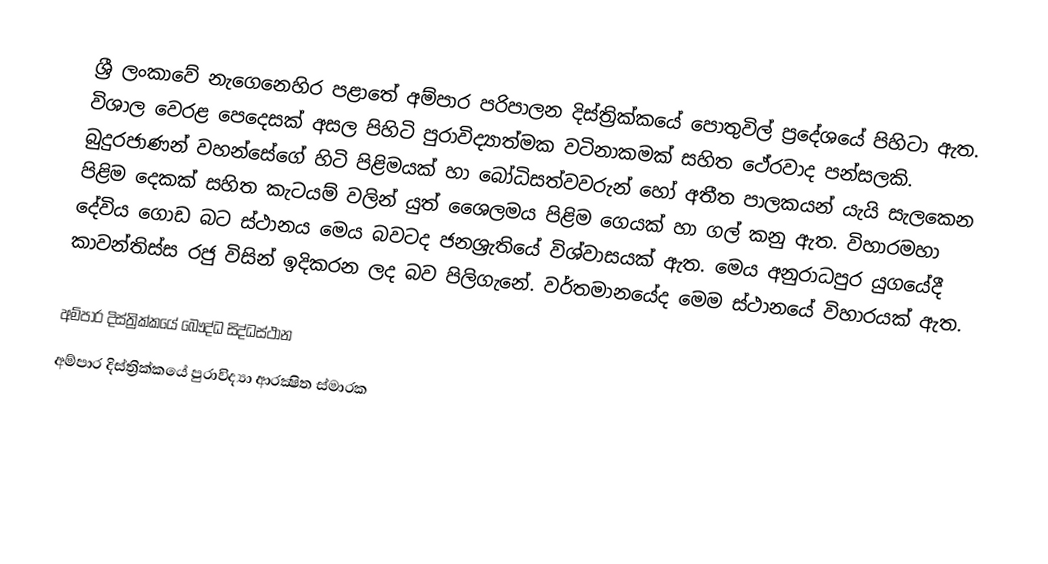
ශ්‍රී ලංකාවේ නැගෙනෙහිර පළාතේ අම්පාර පරිපාලන දිස්ත්‍රික්කයේ පොතුවිල් ප්‍රදේශයේ පිහිටා ඇත. විශාල වෙරළ පෙදෙසක් අසල පිහිටි පුරාවිද්‍යාත්මක වටිනාකමක් සහිත ථේරවාද පන්සලකි. බුදුරජාණන් වහන්සේගේ හිටි පිළිමයක් හා බෝධිසත්වවරුන් හෝ අතීත පාලකයන් යැයි සැලකෙන පිළිම දෙකක් සහිත කැටයම් වලින් යුත් ශෛලමය පිළිම ගෙයක් හා ගල් කනු ඇත. විහාරමහා දේවිය ගොඩ බට ස්ථානය මෙය බවටද ජනශ්‍රැතියේ විශ්වාසයක් ඇත. මෙය අනුරාධපුර  යුගයේදී කාවන්තිස්ස රජු විසින් ඉදිකරන ලද බව පිලිගැනේ. වර්තමානයේද මෙම ස්ථානයේ විහාරයක් ඇත.

අම්පාර දිස්ත්‍රික්කයේ බෞද්ධ සිද්ධස්ථාන
අම්පාර දිස්ත්‍රික්කයේ පුරාවිද්‍යා ආරක්‍ෂිත ස්මාරක